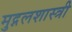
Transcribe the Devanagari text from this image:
मुद्गलशास्त्री